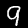
Label: 9